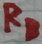
Text: RB